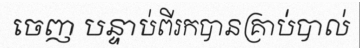
ចេញ បន្ទាប់ពីរកបានគ្រាប់បាល់